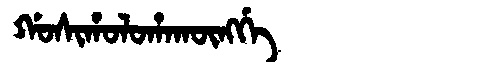
Manchu: ᡤᠣᠰᡳᡥᠣᠯᠣᡥᠠᡴᡡᠩᡤᡝ
Romanization: GOSIHOLOHAKŪNGGE